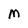
Character: M